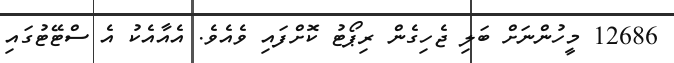
12686 މީހުންނަށް ބަލި ޖެހިގެން ރިޕޯޓު ކޮށްފައި ވެއެވެ. އެއާއެކު އެ ސްޓޭޓުގައި